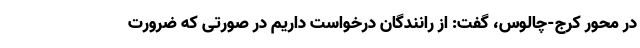
در محور کرج-چالوس، گفت: از رانندگان درخواست داریم در صورتی که ضرورت